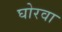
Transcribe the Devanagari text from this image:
घोरवा